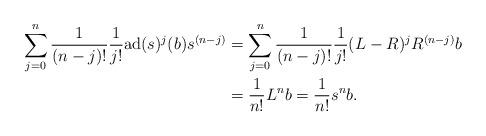
LaTeX: \begin{align*} \sum_{j=0}^n \frac{1}{(n-j)!}\frac{1}{j!}\mathrm{ad}(s)^j(b) s^{(n-j)} &= \sum_{j=0}^n \frac{1}{(n-j)!}\frac{1}{j!}(L-R)^jR^{(n-j)}b \\ & = \frac{1}{n!}L^nb = \frac{1}{n!}s^nb. \end{align*}